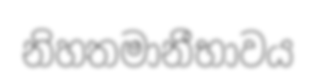
නිහතමානීභාවය